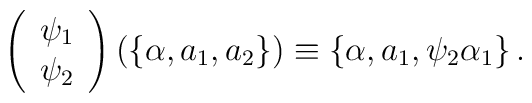
\left( \begin{array}{c}\psi _1 \\ \psi _2\end{array}\right) \left( \left\{ \alpha ,a_1,a_2\right\} \right) \equiv \left\{ \alpha,a_1,\psi _2\alpha _1\right\} .